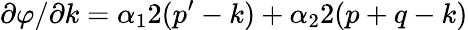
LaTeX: \partial\varphi/\partial k=\alpha_{1}2(p^{\prime}-k)+\alpha_{2}2(p+q-k)